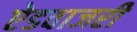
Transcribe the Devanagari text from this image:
ऐडवाजरी